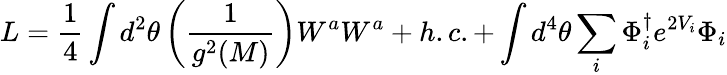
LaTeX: L={\frac{1}{4}}\int d^{2}\theta\left({\frac{1}{g^{2}(M)}}\right)W^{a}W^{a}+h.c.+\int d^{4}\theta\sum_{i}\Phi_{i}^{\dagger}e^{2V_{i}}\Phi_{i}